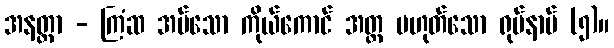
အနတ္တာ - ကြံဆ အပ်သော ကိုယ်ကောင် အတ္တ မဟုတ်သော ရုပ်နာမ် (၅)။